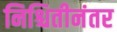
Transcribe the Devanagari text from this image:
निश्चितीनंतर